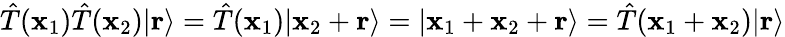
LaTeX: {\hat{T}}(\mathbf{x}_{1}){\hat{T}}(\mathbf{x}_{2})|\mathbf{r}\rangle={\hat{T}}(\mathbf{x}_{1})|\mathbf{x}_{2}+\mathbf{r}\rangle=|\mathbf{x}_{1}+\mathbf{x}_{2}+\mathbf{r}\rangle={\hat{T}}(\mathbf{x}_{1}+\mathbf{x}_{2})|\mathbf{r}\rangle